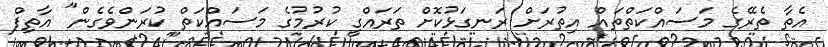
އެތާ ތެރޭގެ މަސައްކަތްތައް އިތުރަށް ރަނގަޅުކޮށް ތަރައްގީ ކުރުމުގެ މަސައްކަތް ކުރަންވެގެން" އާތިފް